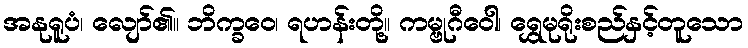
အနုရူပံ၊ လျော်၏။ ဘိက္ခဝေ၊ ရဟန်းတို့။ ကမ္ဗုဂီဝေါ၊ ရွှေမုရိုးစည်နှင့်တူသော